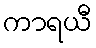
ကာရယီ